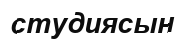
студиясын